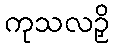
ကုသလဉှိ